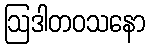
ဩဒါတဝသနော